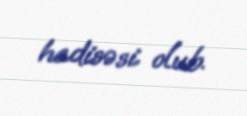
hadisəsi olub.